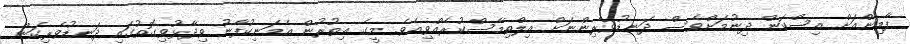
ފާމިންއަށް އިސްކަން ދިނުމަށްވެސް ދަނޑުވެރިންނަށް އިލްތިމާސްކުރެއްވިއެވެ. މީގެ އިތުރުން އެމަނިކުފާނު ވިދާޅުވިގޮތުގައި ދަނޑުވެރިކަން